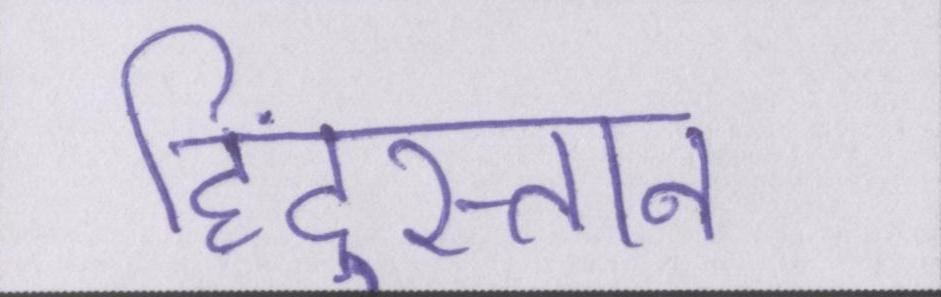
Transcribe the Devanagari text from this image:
हिंदुस्तान